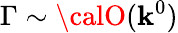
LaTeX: \Gamma\sim{\calO}(\mathbf{k}^{0})